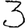
Digit: 3